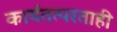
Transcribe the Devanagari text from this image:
कार्यतत्परताही